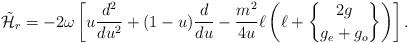
LaTeX: \begin{align*}\tilde{\cal H}_r=-2\omega\left[u{d^2\over{du^2}} +(1-u){d\over{du}}-{m^2\over{4u}}\ell\left(\ell+{2g\brace g_e+g_o}\right)\right].\end{align*}